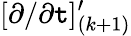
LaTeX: [\partial/\partial\mathtt{t}]_{(k+1)}^{\prime}